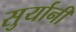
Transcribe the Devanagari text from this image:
सुर्यानी